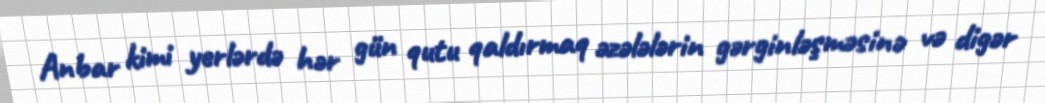
Anbar kimi yerlərdə hər gün qutu qaldırmaq əzələlərin gərginləşməsinə və digər